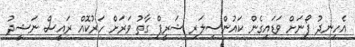
އެހިނދު ފޯނަށް ވަޑައިގެން ކައުންސިލަރ ޝަރީފް ގާތު ވަރަށް ހަރުކޮއް ރައީސް ނަޝީދު